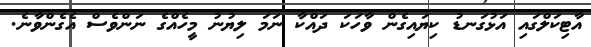
އާޓިކަލްގައި އަޅުގަނޑު ކިޔައިގެން ވާހަކަ ދައްކާ ނަމަ ލިޔުނު މީހެއްގެ ނަންވެސް އެގެންވާނެ.